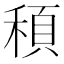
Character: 䅡